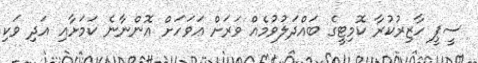
ސީޕީ ހާޒިރުކުރާ ކޮމިޓީގެ ބައްދަލުވުމެއް ވަރަށް އަވަހަށް އޮންނާނެ ކަމަށާއި އަދި ވަކި